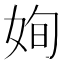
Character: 姰